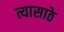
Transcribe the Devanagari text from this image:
त्यासाठे